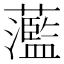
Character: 蘫